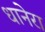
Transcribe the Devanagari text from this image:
धानेरा